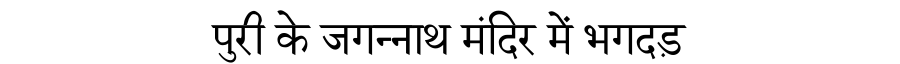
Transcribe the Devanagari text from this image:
पुरी के जगन्नाथ मंदिर में भगदड़